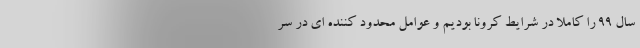
سال ۹۹ را کاملا در شرایط کرونا بودیم و عوامل محدود کننده ای در سر